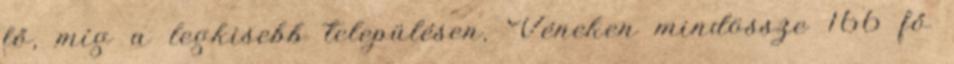
fő, míg a legkisebb településen, Véneken mindössze 166 fő